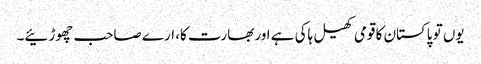
یوں تو پاکستان کا قومی کھیل ہاکی ہے اور بھارت کا، ارے صاحب چھوڑئیے۔